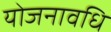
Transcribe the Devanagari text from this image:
योजनावधि